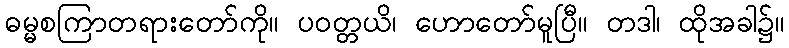
ဓမ္မစကြာတရားတော်ကို။ ပဝတ္တယိ၊ ဟောတော်မူပြီ။ တဒါ၊ ထိုအခါ၌။